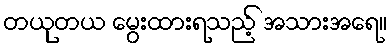
တယုတယ မွေးထားရသည့် အသားအရေ။